Annual administration report of the Civil Veterinary Department of India - 1910-1911
Year: 1910
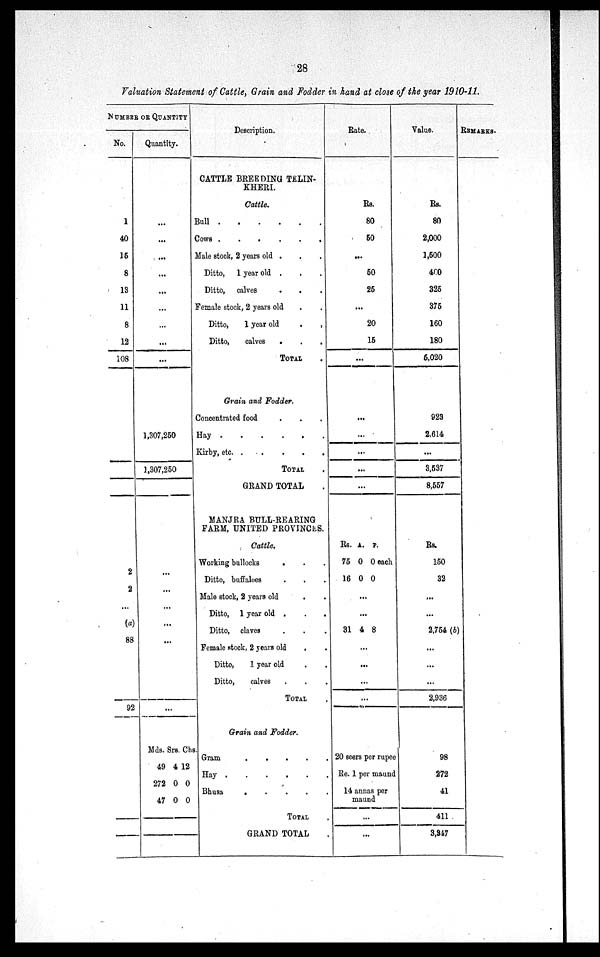
28
Valuation Statement of Cattl, Grain and Fodder in hand at close of the year 1910-11.
NUMBER OR QUANTITY
No.
1
40
15
8
13
11
8
12
108
2
2
(a)
88
92
Quantity.
...
...
...
...
...
...
...
...
...
1,307,250
1,307,250
...
...
...
...
Mds.
49
Srs.
4
Chs.
12
272
47
0
0
0
0
Description.
CATTLE BREEDING TELIN-
KHERI.
Cattle.
Bull
.
.
.
.
.
.
Cows
.
.
.
.
.
.
Male stock, 2 years old . . . .
Ditto, 1 year old . . .
Ditto, calves
. . .
Female stock, 2 years old . .
Ditto, 1 year old
.
.
Ditto,
calves
.
.
.
TOTAL .
Grain and Fodder.
Concentrated food . . .
Hay
.
.
.
.
.
.
Kirby, etc. .
.
.
.
.
TOTAL .
GRAND TOTAL .
MANJRA BULL-REARING
FARM, UNITED PROVINCES.
Cattle,
Working bullocks
. . .
Ditto, buffaloes . . . .
Male stock, 2 years old . .
Ditto, 1 year old . . . .
Ditto, claves . . .
Female stock, 2 years old
. .
Ditto, 1 year old . .
Ditto,
calves . . .
TOTAL .
Grain and Fodder.
Gram
.
.
.
. .
Hay . . . . . .
Bhusa
.
.
.
.
TOTAL .
GRAND TOTAL .
Rate.
Rs.
80
50
...
50
25
...
20
15
...
...
...
...
...
...
Rs.
75
16
31
A.
0
0
...
...
4
...
...
...
...
P.
0 each
0
8
20 seers per rupee
Re. 1 per maund
14 annas per
maund
...
...
Value.
Rs.
80
2,000
1,500
400
325
375
160
180
5,020
923
2,614
...
3,537
8,557
Rs.
150
32
...
...
2,754 (b)
...
...
...
2,936
98
272
41
411
3,347
REMARKS.